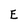
Character: E